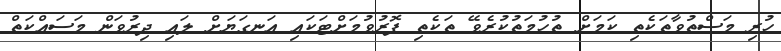
ހުރި މަސްތުވާތަކެތި ކަމަށް ތުހުމަތުކުރެވޭ ތަކެތި ފޮރުވުމަށްޓަކައި އަނގަޔަށް ލައި ދިރުވަން މަސައްކަތް